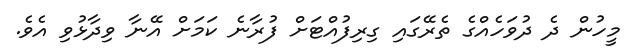
މީހުން ދެ ދުވަހެއްގެ ތެރޭގައި ގިރިފުއްޓަށް ފުރާނެ ކަމަށް އޭނާ ވިދާޅުވި އެވެ.